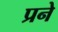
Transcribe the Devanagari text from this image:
प्रने